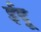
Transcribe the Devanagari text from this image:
ईदू